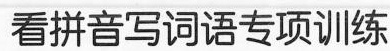
看拼音写词语专项训练